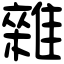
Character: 雜